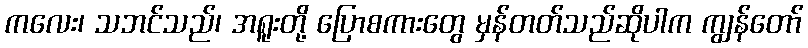
ကလေး၊ သဘင်သည်၊ အရူးတို့ ပြောစကားတွေ မှန်တတ်သည်ဆိုပါက ကျွန်တော်